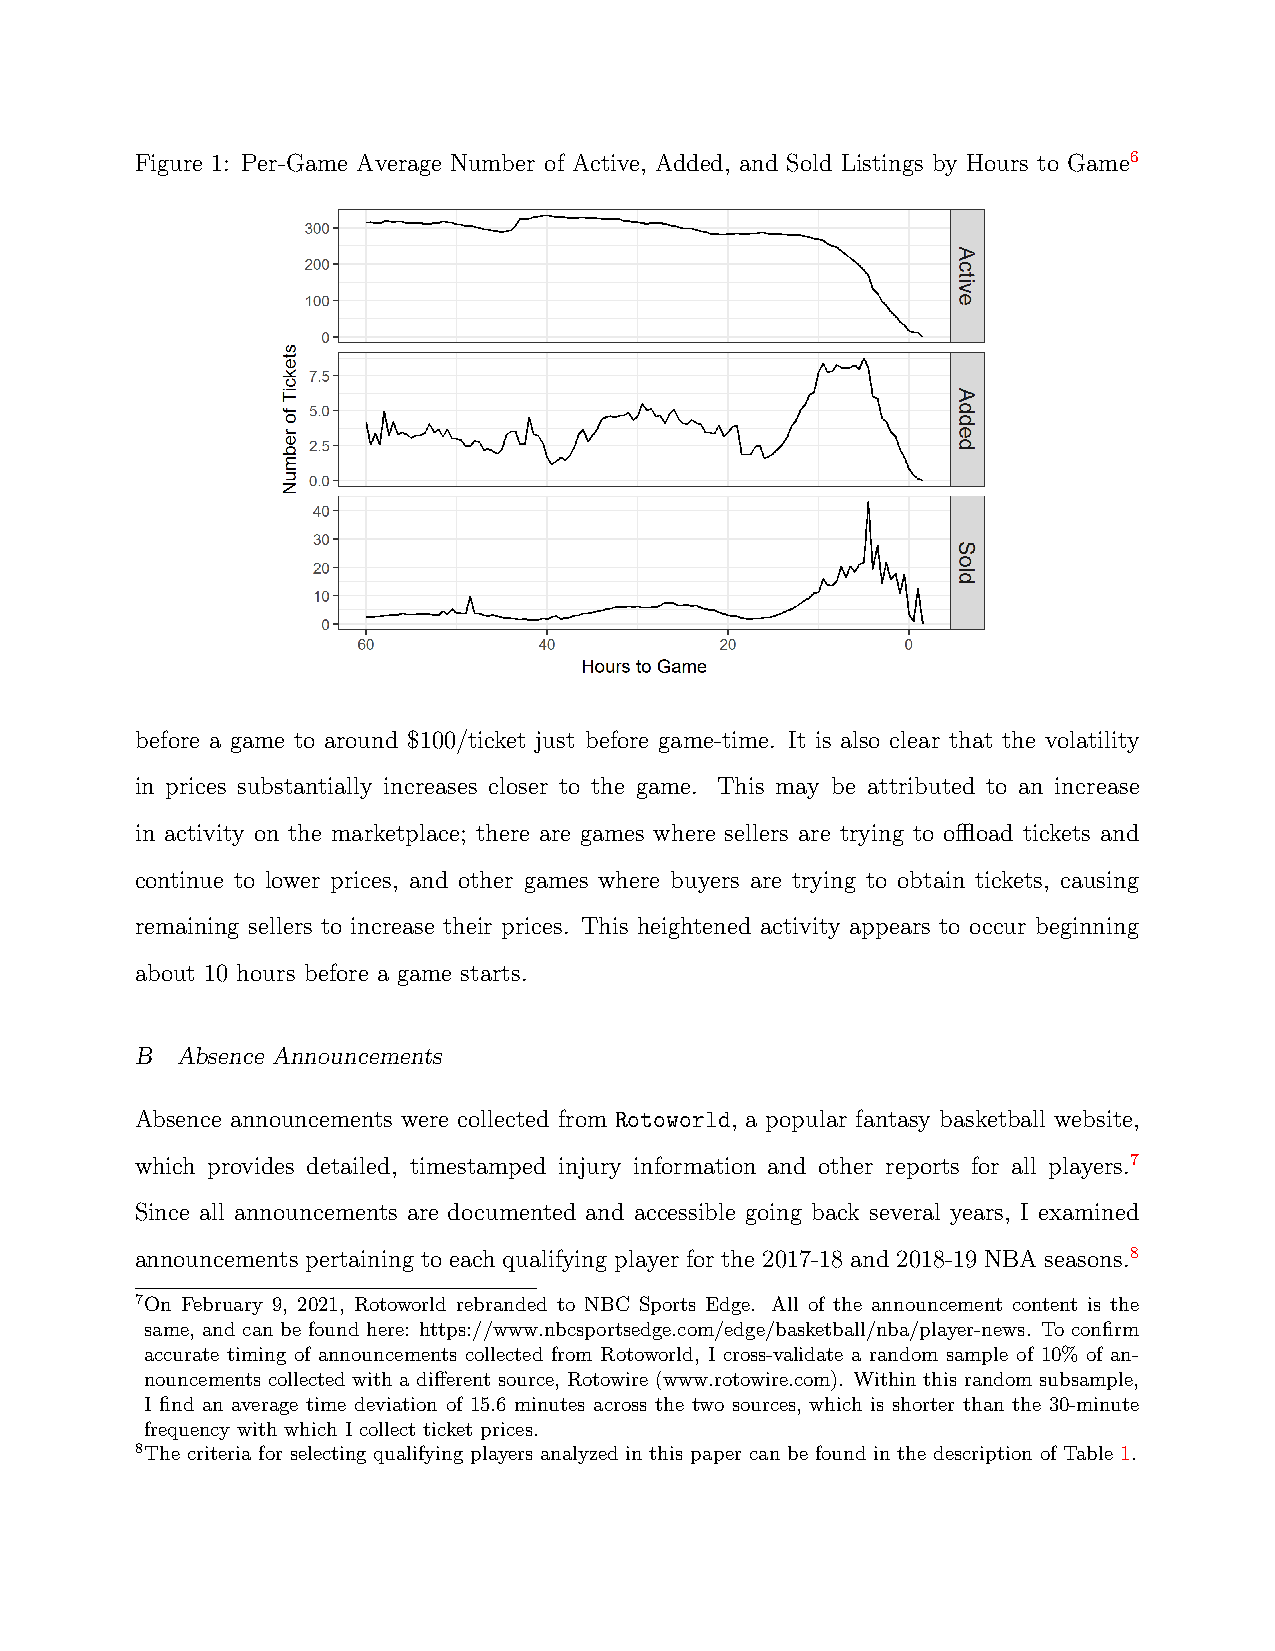
Figure 1: Per-Game Average Number of Active, Added, and Sold Listings by Hours to Game6
 before a game to around $100/ticket just before game-time. It is also clear that the volatility
 in prices substantially increases closer to the game. This may be attributed to an increase
 in activity on the marketplace; there are games where sellers are trying to offload tickets and
 continue to lower prices, and other games where buyers are trying to obtain tickets, causing
 remaining sellers to increase their prices. This heightened activity appears to occur beginning
 about 10 hours before a game starts.
 B  Absence Announcements
 Absence announcements were collected from Rotoworld, a popular fantasy basketball website,
 which provides detailed, timestamped injury information and other reports for all players.7
 Since all announcements are documented and accessible going back several years, I examined
 announcements pertaining to each qualifying player for the 2017-18 and 2018-19 NBA seasons.8
 7On February 9, 2021, Rotoworld rebranded to NBC Sports Edge. All of the announcement content is the
 same, and can be found here: https://www.nbcsportsedge.com/edge/basketball/nba/player-news. To confirm
 accurate timing of announcements collected from Rotoworld, I cross-validate a random sample of 10% of an-
 nouncements collected with a different source, Rotowire (www.rotowire.com). Within this random subsample,
 I find an average time deviation of 15.6 minutes across the two sources, which is shorter than the 30-minute
 frequency with which I collect ticket prices.
 8The criteria for selecting qualifying players analyzed in this paper can be found in the description of Table 1.